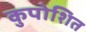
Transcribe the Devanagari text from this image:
कुपोशित